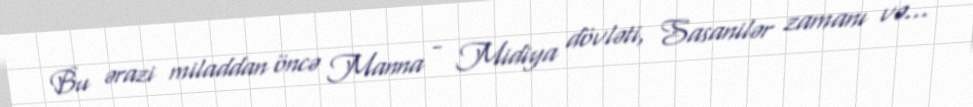
Bu ərazi miladdan öncə Manna - Midiya dövləti, Sasanilər zamanı və...